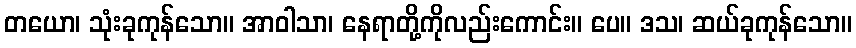
တယော၊ သုံးခုကုန်သော။ အာဝါသာ၊ နေရာတို့ကိုလည်းကောင်း။ ပေ။ ဒသ၊ ဆယ်ခုကုန်သော။